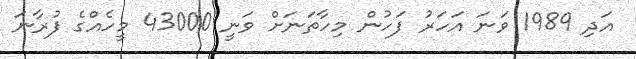
އަދި 1989 ވަނަ އަހަރު ފަހުން މިހާތަނަށް ވަނީ 43000 މީހެއްގެ ފުރާނަ